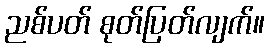
ညစ်ပတ် စုတ်ပြတ်လျက်။